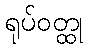
ရုပ်ဝတ္ထု